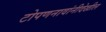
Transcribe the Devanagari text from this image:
टोपणनावांनीदेखील